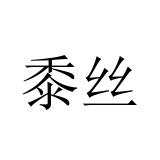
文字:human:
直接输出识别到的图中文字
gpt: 黍丝